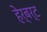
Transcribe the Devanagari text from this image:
हेर्बर्ट